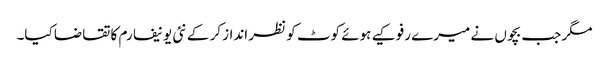
مگر جب بچوں نے میرے رفو کیے ہوئے کوٹ کو نظر انداز کر کے نئی یونیفارم کا تقاضا کیا۔